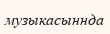
музыкасыннда